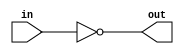
module module03(
    output reg out,
    input in
);

    always @(*) begin
        out = !in;
    end

endmodule